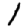
Digit: 1